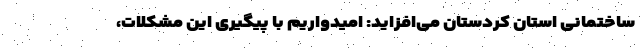
ساختمانی استان کردستان می‌افزاید: امیدواریم با پیگیری این مشکلات،